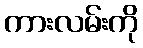
ကားလမ်းကို